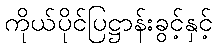
ကိုယ်ပိုင်ပြဋ္ဌာန်းခွင့်နှင့်